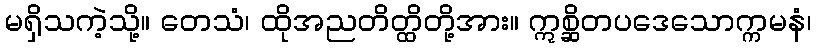
မရှိသကဲ့သို့။ တေသံ၊ ထိုအညတိတ္ထိတို့အား။ ဣစ္ဆိတပဒေသောက္ကမနံ၊